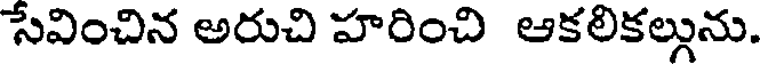
సేవించిన అరుచి హరించి ఆకలికల్గును.